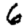
Digit: 6